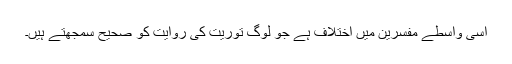
اسی واسطے مفسرین میں اختلاف ہے جو لوگ توریت کی روایت کو صحیح سمجھتے ہیں۔